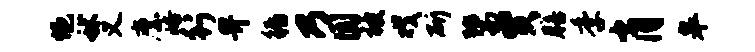
悒秫义縻峪行畀循乃圆被戏斫鬻贾膳季肖皋